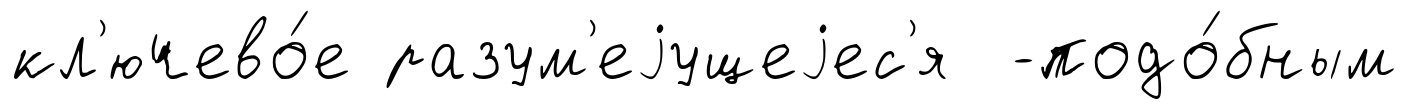
кл'ючево́е разум'еjущеjес'я -подо́бным